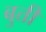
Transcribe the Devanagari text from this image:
बुत्ती